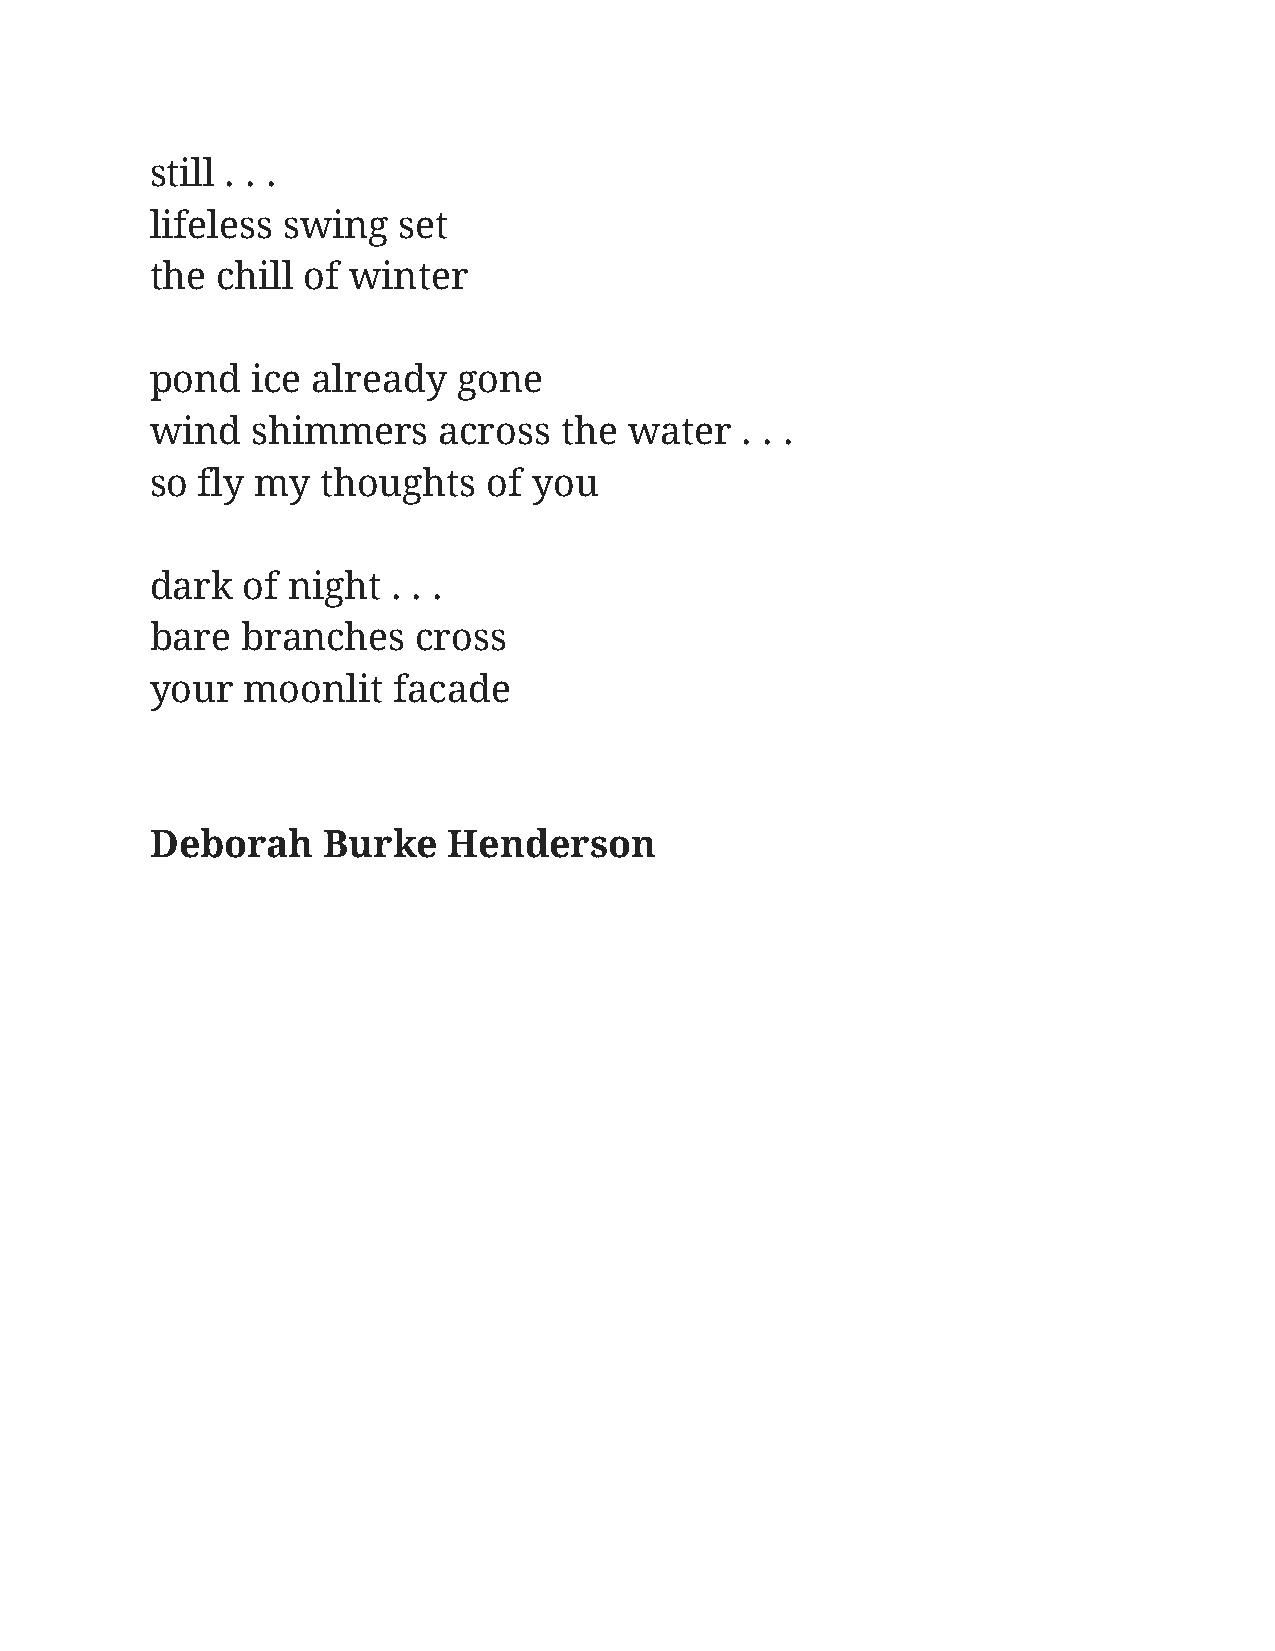
still . . .
 lifeless swing  set
 the chill of winter
 pond   ice already  gone
 wind   shimmers    across  the  water  . . .
 so fly my  thoughts   of you
 dark  of night  . . .
 bare  branches    cross
 your  moonlit   facade
 Deborah    Burke    Henderson